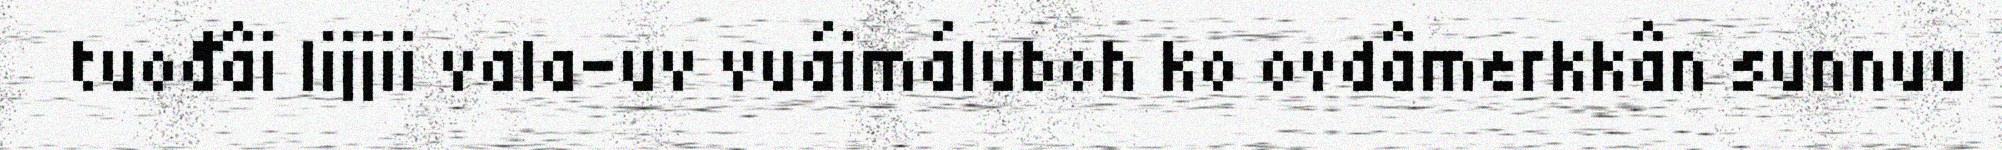
tuođâi lijjii vala-uv vuáimáluboh ko ovdâmerkkân sunnuu